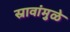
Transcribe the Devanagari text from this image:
स्रावांमुळे